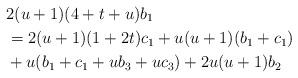
LaTeX: \begin{align*}& 2(u+1)(4+t+u)b_1 \\& =2(u+1)(1+2t)c_1+u(u+1)(b_1+c_1) \\& +u(b_1+c_1+ub_3+uc_3)+2u(u+1)b_2\end{align*}